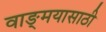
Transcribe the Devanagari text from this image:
वाङ्‌मयासाठी